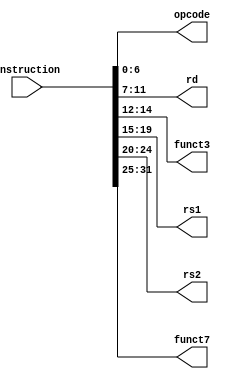
`timescale 1ns / 1ps
//////////////////////////////////////////////////////////////////////////////////
// Company: 
// Engineer: 
// 
// Design Name: 
// Module Name: Ins_Parser
// Project Name: 
// Target Devices: 
// Tool Versions: 
// Description: 
// 
// Dependencies: 
// 
// Revision:
// Revision 0.01 - File Created
// Additional Comments:
// 
//////////////////////////////////////////////////////////////////////////////////


module InsParser
(
	input [31:0] instruction,
	output [6:0] opcode,
	output [4:0] rd,
	output [2:0] funct3,
	output [4:0] rs1,
	output [4:0] rs2,
	output [6:0] funct7
	
);

assign opcode 	= instruction [6:0];
assign rd 		= instruction [11:7];
assign funct3 	= instruction [14:12];
assign rs1		= instruction [19:15];
assign rs2		= instruction [24:20];
assign funct7	= instruction [31:25];

endmodule